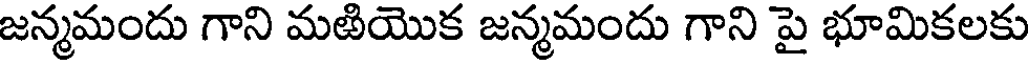
జన్మమందు గాని మఱియొక జన్మమందు గాని పై భూమికలకు